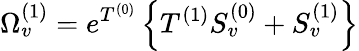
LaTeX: \Omega_{v}^{(1)}=e^{T^{(0)}}\left\{ T^{(1)}S_{v}^{(0)}+S_{v}^{(1)}\right\}